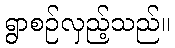
ရွာစဉ်လှည့်သည်။